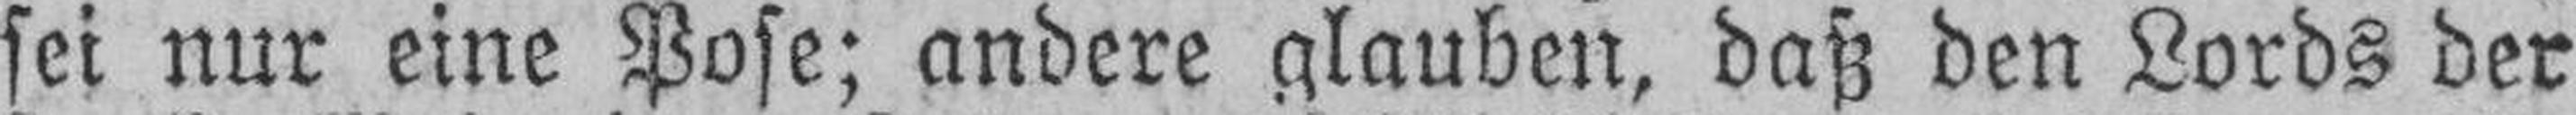
sei nur eine Pose; andere glauben, daß den Lords der